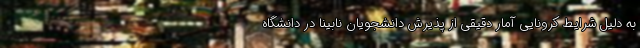
به دلیل شرایط کرونایی آمار دقیقی از پذیرش دانشجویان نابینا در دانشگاه